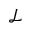
\mathcal { L }